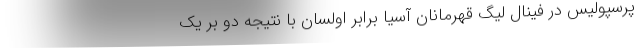
پرسپولیس در فینال لیگ قهرمانان آسیا برابر اولسان با نتیجه دو بر یک